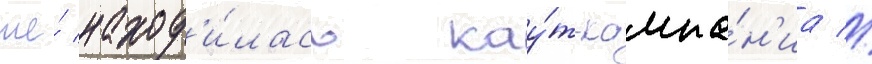
же́ наход'и́лась кау́т-кампа́н'иа //